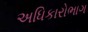
અધિકારોભાગ